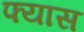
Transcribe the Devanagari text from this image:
फ्यास